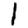
Digit: 1